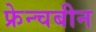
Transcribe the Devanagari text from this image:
फ्रेन्चबीन